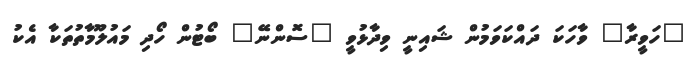
"ހަވީރާ" ވާހަކަ ދައްކަވަމުން ޝައިނީ ވިދާޅުވީ "ސޮންނޭ" ބޯޓުން ހޯދި މައުލޫމާތުތަކާ އެކު